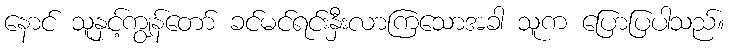
နောင် သူနှင့်ကျွန်တော် ခင်မင်ရင်းနှီးလာကြသောအခါ သူက ပြောပြပါသည်။